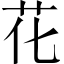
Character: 花